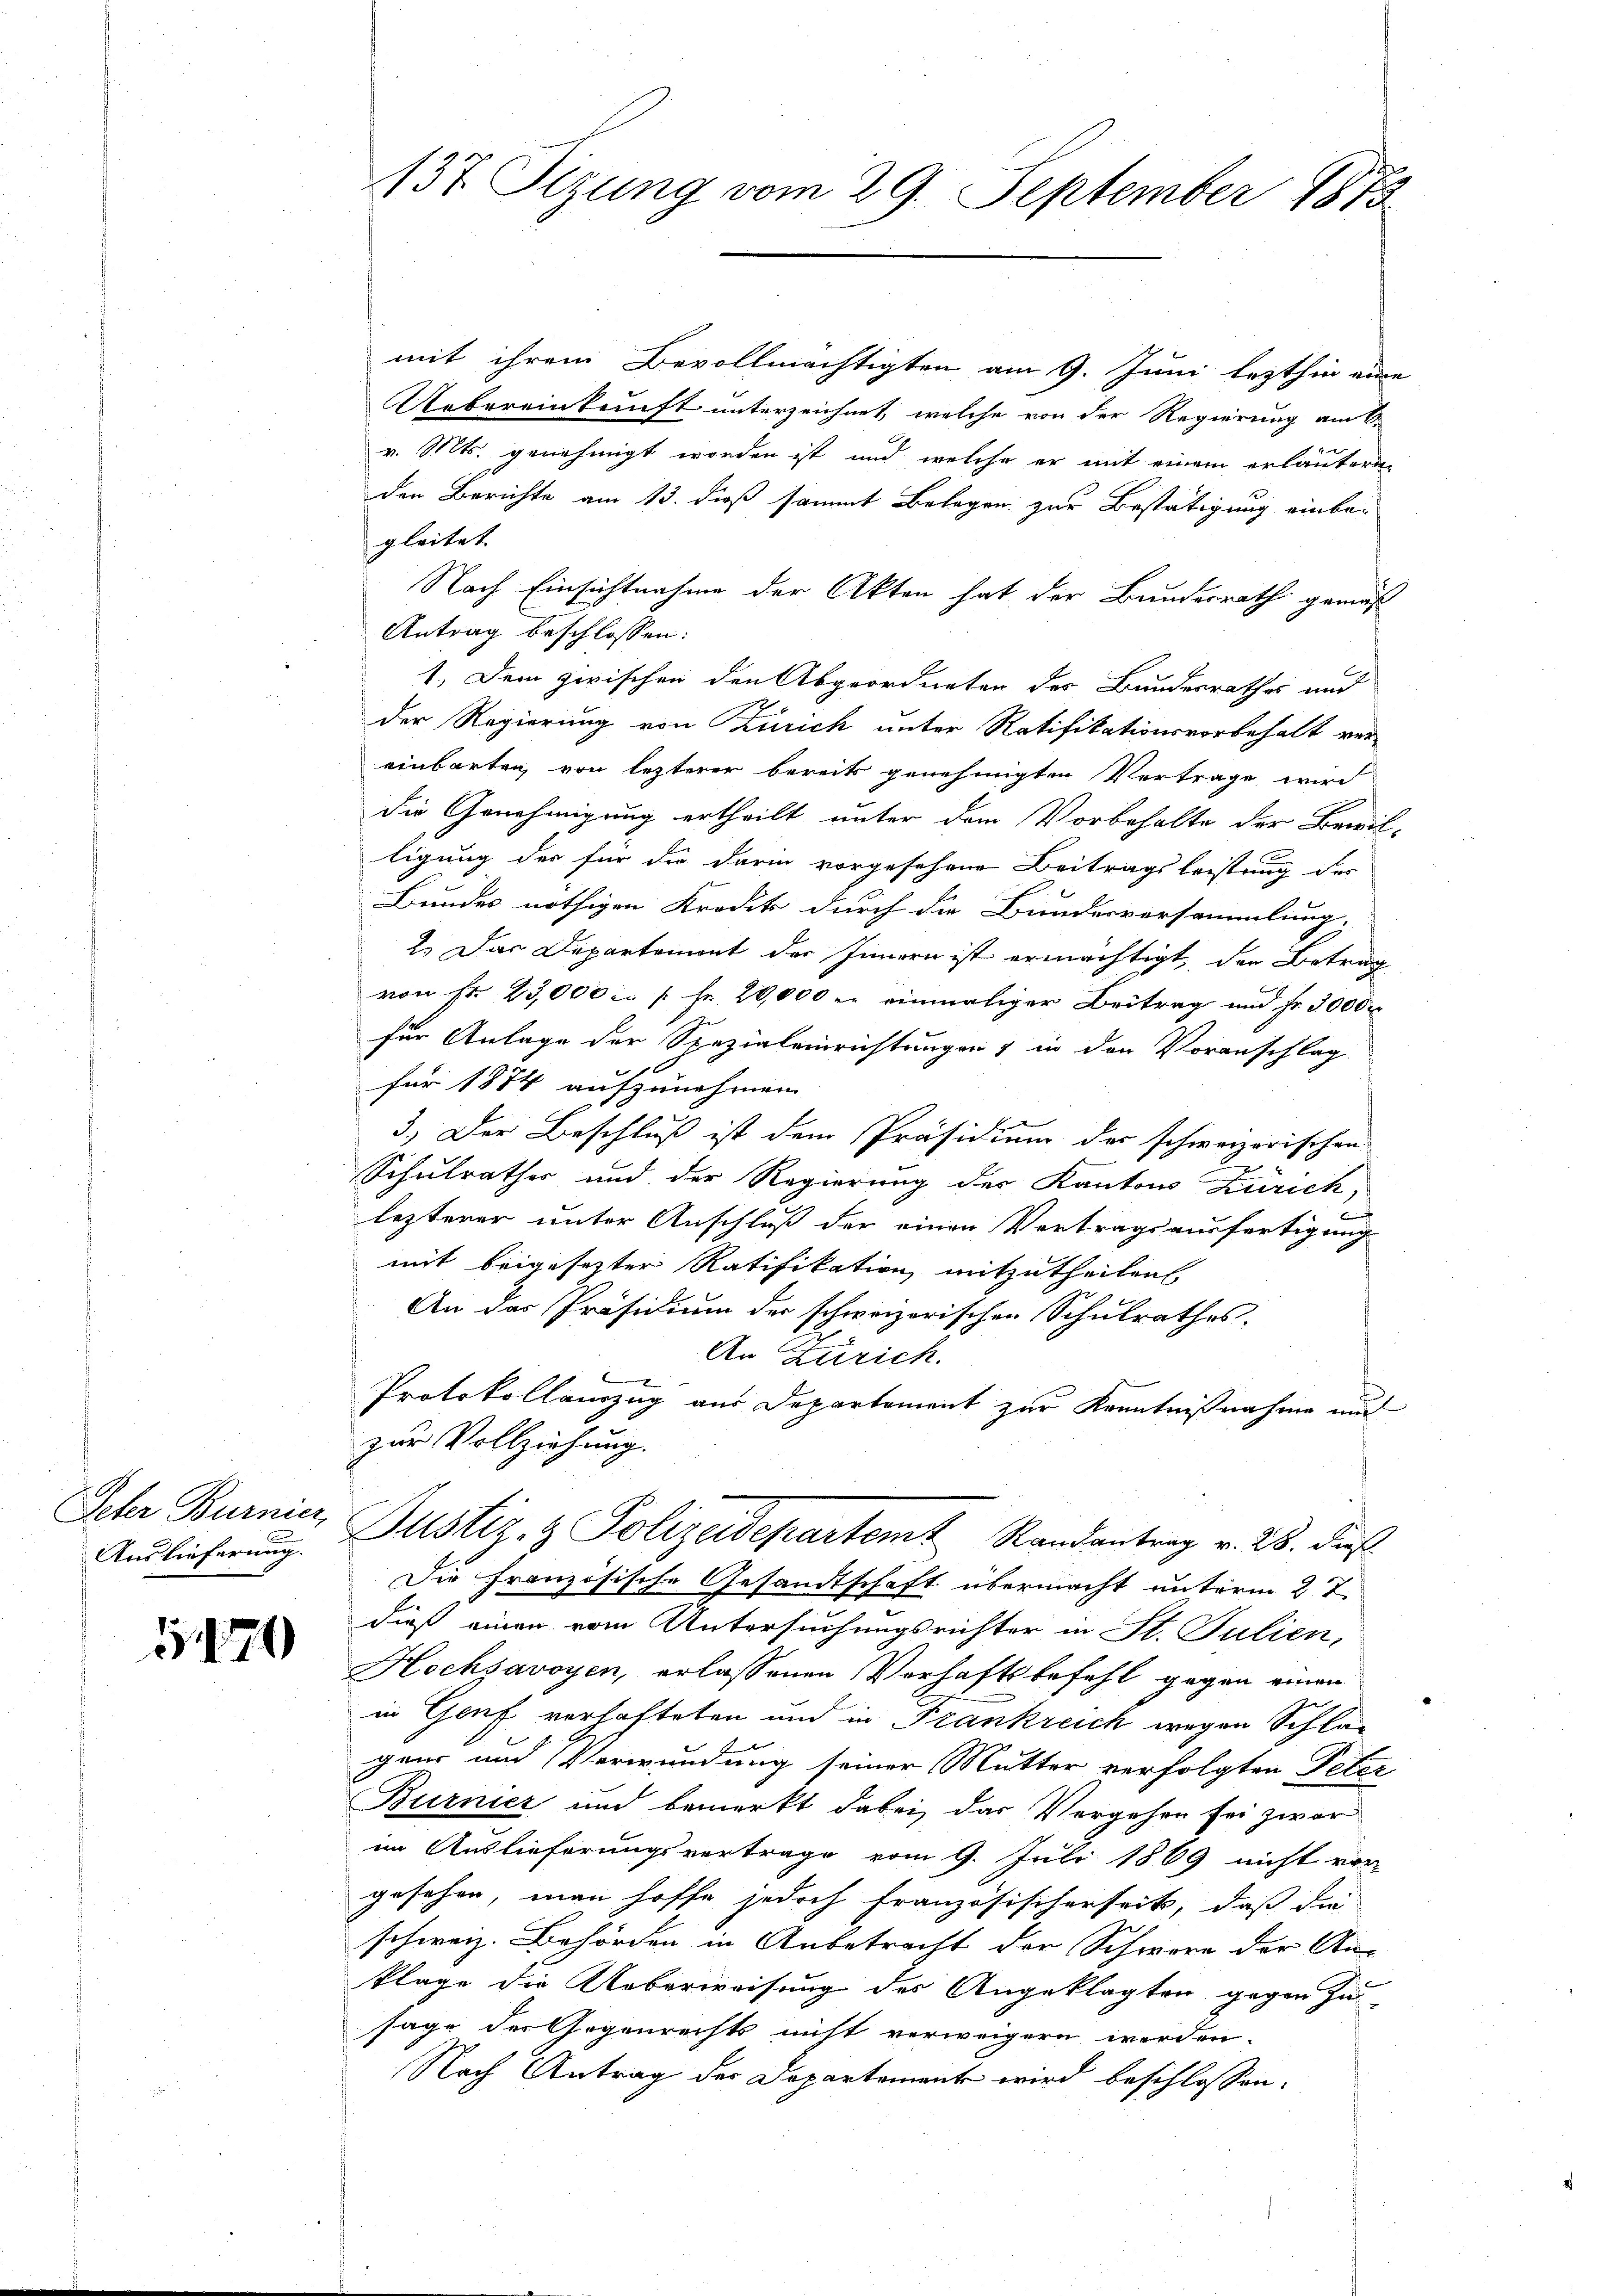
Jeher Burnier
Auslieferung.

1470

137. Sizung vom 29. September 1873

mit ihrem Bevollmächtigten am 9. Juni lezthin ein
Uebereinkunft unterzeichnet, welche von der Regierung am 6.
v. Mts. genehmigt worden ist, und welche er mit einem erläuteren
den Berichte am 13. dieß sammt Belegen zur Bestätigung einbegleitet
Nach Einsichtnahme der Akten hat der Bundesrath gemäß
Antrag beschlossen:
1.) Dem zirischen den Abgeordneten des Bundesrathes und
der Regierung von Zürich unter Ratifikationsvorbehalt ver-
einbarten, von lezterer bereits genehmigten Vertrage wird
die Genehmigung ertheilt unter dem Vorbehalte der Bewil-
ligung der für die darin vorgesehene Beitragsleistung des
Bundes nöthigen Krodik durch die Bundesversammlung.
2.) Das Departement der Innern ist ermächtigt, der Betrag
von fr. 23,000 u. s. Fr. 20,000 er einmaliger Beitrag und Fr. 3000
für Anlage der Spezialeinrichtungen & in den Voranschlag
für 1874 aufzunehmen. |
3.) Der Beschluß ist dem Präsidium der schweizerischen
Schulrathes und der Regierung des Kantons Zürich,
lezterer unter Anschluß der einen Vertragsausfertigung
mit beigesezter Ratifikation mitzutheilen
An das Präsidium der schweizerischen Schulrathes.
An Zürich.
Protokollauszug aus Departement zur Kenntnißnahme und
zur Vollziehung.
Justiz- & Polizeidepartemt Randantrag v. 28. die
Die französische Gesandtschaft übermacht unterm 2t.
dieß einen vom Untersuchungsrichter in St. Julien,
Hochsavoyen, erlassenen Verhaftsbefehl gegen einen
in Genf verhafteten und in Frankreich wegen Schlagaur und Verwundung seiner Mutter verfolgten Peter
Burnier und bemerkt dabei, das Vergehen sei zwar
im Auslieferungsvertrage vom 9. Juli 1869 nicht von
gesehen, man hoffe jedoch französischerseit, daß die
schweiz. Behörden in Anbetracht der Schwere der An-
klage die Ueberweisung des Angeklagten gegen zu
sage der Gegenrechts nicht verweigern werden.
Nach Antrag des Departement wird beschlossen: